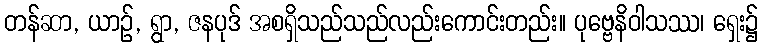
တန်ဆာ, ယာဉ်, ရွာ, ဇနပုဒ် အစရှိသည်သည်လည်းကောင်းတည်း။ ပုဗ္ဗေနိဝါသဿ၊ ရှေး၌